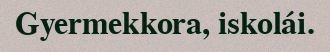
Gyermekkora, iskolái.